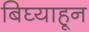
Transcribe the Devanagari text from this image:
बिघ्याहून